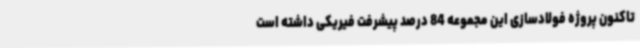
تاکنون پروژه فولادسازی این مجموعه 84 درصد پیشرفت فیریکی داشته است